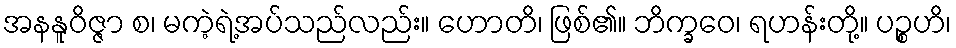
အနနူဝိဇ္ဇာ စ၊ မကဲ့ရဲ့အပ်သည်လည်း။ ဟောတိ၊ ဖြစ်၏။ ဘိက္ခဝေ၊ ရဟန်းတို့။ ပဉ္စဟိ၊